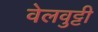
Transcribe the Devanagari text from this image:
वेलवुट्टी